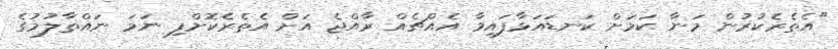
"އެތެރެކުރުން މަނާ ކަމަށް ކަނޑައަޅާފައިވާ އެއްޗެއް ރާއްޖެ އަށް އެތެރެކޮށްފި ނަމަ ނައްތާލުމުގެ